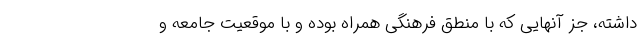
داشته، جز آنهایی که با منطق فرهنگی همراه بوده و با موقعیت جامعه و